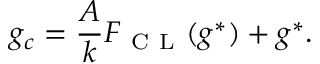
g _ { c } = \frac { A } { k } F _ { \mathrm { ~ C ~ L ~ } } ( g ^ { * } ) + g ^ { * } .